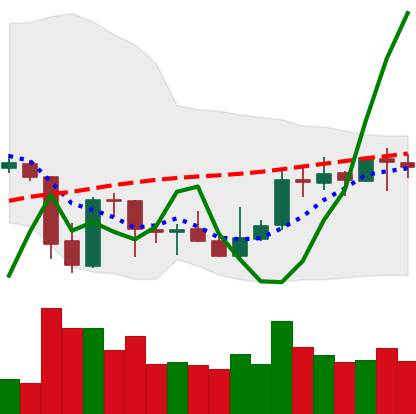
Ticker: XRP-USD
Chart end date: 2021-10-07
Forward return: 3.168%
Label: up_3_5